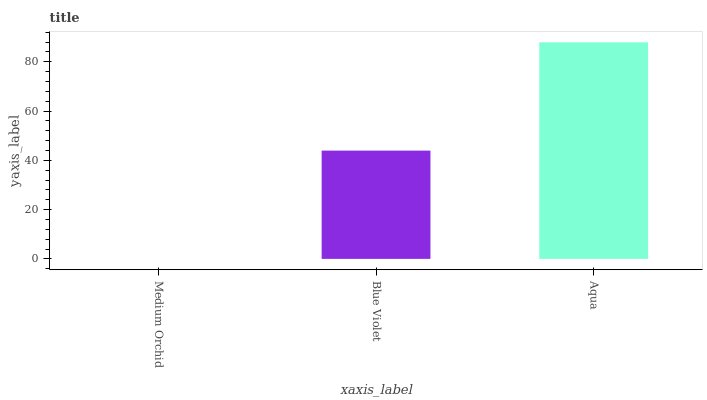
| xaxis_label | bars |
 | --- | --- |
 | Medium Orchid | 0 |
 | Blue Violet | 44 |
 | Aqua | 87.9 |